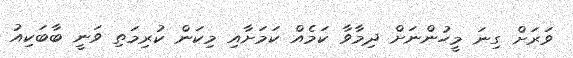
ވަރަށް ގިނަ މީހުންނަށް ދިމާވާ ކަމެއް ކަމަށާއި މިކަން ކުރިމަތި ވަނީ ބާބަކިއު